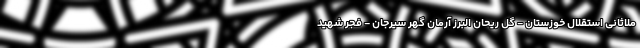
ملاثانی استقلال خوزستان - گل ریحان البرز آرمان گهر سیرجان - فجر شهید